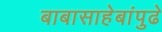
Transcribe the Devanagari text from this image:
बाबासाहेबांपुढे